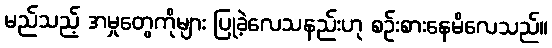
မည်သည့် အမှုတွေကိုများ ပြုခဲ့လေသနည်းဟု စဉ်းစားနေမိလေသည်။